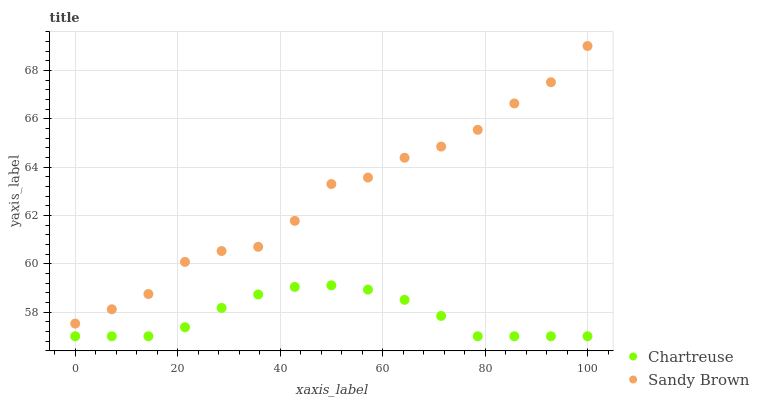
| xaxis_label | Chartreuse | Sandy Brown |
 | --- | --- | --- |
 | 0 | 57 | 57.5 |
 | 7.14 | 57 | 58.1 |
 | 14.3 | 57 | 58.7 |
 | 21.4 | 57.4 | 60.1 |
 | 28.6 | 58.2 | 60.5 |
 | 35.7 | 58.7 | 60.7 |
 | 42.9 | 59 | 61.8 |
 | 50 | 59.1 | 63.3 |
 | 57.1 | 58.9 | 63.6 |
 | 64.3 | 58.5 | 64.4 |
 | 71.4 | 57.8 | 64.8 |
 | 78.6 | 57 | 65.5 |
 | 85.7 | 57 | 66.6 |
 | 92.9 | 57 | 67.5 |
 | 100 | 57 | 69 |